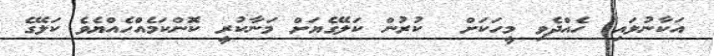
އަކާނުލައި) ހެއްދެވި މީހަކަށް  ކުރުން ކަލޭގެޔަށް މަނާކުރީ ކޮންކަމެއްހެއްޔެވެ ކަލޭގެ